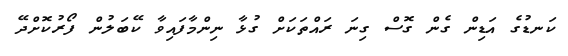
ކަނޑުގެ އަޑިން ގެން ގޮސް ގިނަ ރައްތަކަށް ގުޅާ ނިންމާފައިވާ ކޭބަލުން ފޯރުކޮށްދޭ